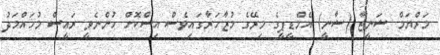
މަރްޔަމް ޝަނީޒާ (ޝާނީ) އެމްޑީޕީގެ މިރޭގެ މުޒާހަރާގައިވެސް އިސްކޮށް ހުންނެވީ ރައީސް މުހައްމަދު